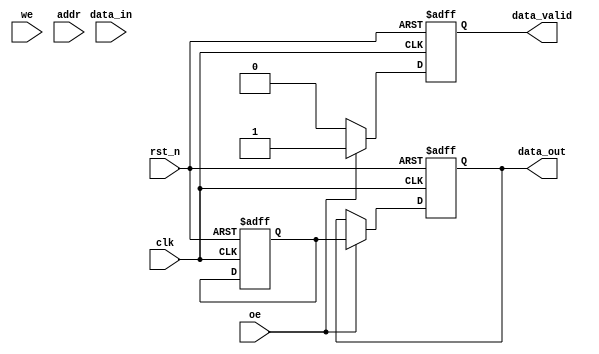
module DRAM_IO_Block #(
    parameter DATA_WIDTH = 8,  // Data width (8, 16, 32 bits)
    parameter ADDR_WIDTH = 10   // Address width
)(
    input wire clk,              // System clock
    input wire rst_n,            // Active low reset
    input wire we,               // Write Enable
    input wire oe,               // Output Enable
    input wire [ADDR_WIDTH-1:0] addr, // Address input
    input wire [DATA_WIDTH-1:0] data_in, // Data input
    output reg [DATA_WIDTH-1:0] data_out, // Data output
    output reg data_valid        // Data valid signal
);

    // Internal signals
    reg [DATA_WIDTH-1:0] input_buffer;  // Input buffer
    reg [DATA_WIDTH-1:0] output_buffer; // Output buffer
    reg [ADDR_WIDTH-1:0] addr_latch;    // Address latch

    // Control logic for read/write operations
    always @(posedge clk or negedge rst_n) begin
        if (!rst_n) begin
            addr_latch <= 0;
            input_buffer <= 0;
            output_buffer <= 0;
            data_out <= 0;
            data_valid <= 0;
        end else begin
            // Address latching
            addr_latch <= addr;

            // Write operation
            if (we) begin
                input_buffer <= data_in; // Capture incoming data
                // Simulate writing to memory (not implemented here)
                // Memory[addr_latch] <= input_buffer; // Example memory write
            end

            // Read operation
            if (oe) begin
                // Simulate reading from memory (not implemented here)
                // output_buffer <= Memory[addr_latch]; // Example memory read
                data_out <= output_buffer; // Drive data onto the bus
                data_valid <= 1; // Indicate data is valid
            end else begin
                data_valid <= 0; // Data not valid when not enabled
            end
        end
    end

    // Optional: Refresh logic can be added here
    // Optional: Power management logic can be added here

endmodule